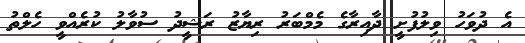
އެ ދުވަހު ވިލުފުށީ ދާއިރާގެ މެމްބަރު ރިޔާޒު ރަޝީދު ސުވާލު ކުރެއްވީ ހެލްތު